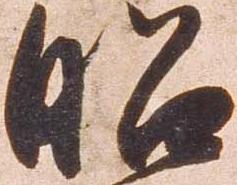
昭